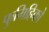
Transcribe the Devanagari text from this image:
फुमिहिको